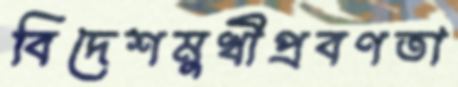
বিদেশমুখীপ্রবণতা